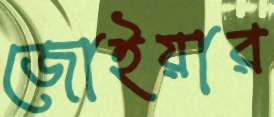
জোইয়ার